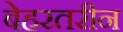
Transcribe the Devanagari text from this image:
बेहरतरीन